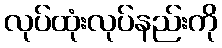
လုပ်ထုံးလုပ်နည်းကို